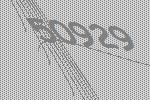
50929